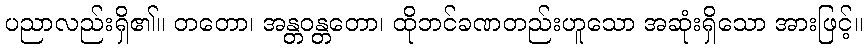
ပညာလည်းရှိ၏။ တတော၊ အန္တဝန္တတော၊ ထိုဘင်ခဏတည်းဟူသော အဆုံးရှိသော အားဖြင့်။